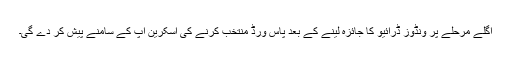
اگلے مرحلے پر ونڈوز ڈرائیو کا جائزہ لینے کے بعد پاس ورڈ منتخب کرنے کی اسکرین آپ کے سامنے پیش کر دے گی۔